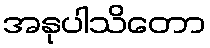
အနုပါသိတော